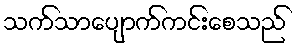
သက်သာပျောက်ကင်းစေသည်